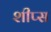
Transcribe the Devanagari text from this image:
शीप्स